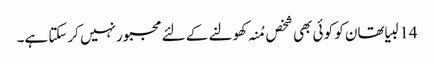
14 لبیا تھان کو کو ئی بھی شخص مُنہ کھولنے کے لئے مجبور نہیں کرسکتا ہے۔